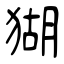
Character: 猢